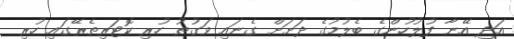
އަދި އޭނާ ފުލުހުންގެ ބެލުމުގެ ދަށަށް ގެނައި ވަގުތު ހުރި ކޮޓަރިތެރޭގައި ހުރި